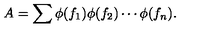
A = \sum \phi ( f _ { 1 } ) \phi ( f _ { 2 } ) \cdots \phi ( f _ { n } ) .